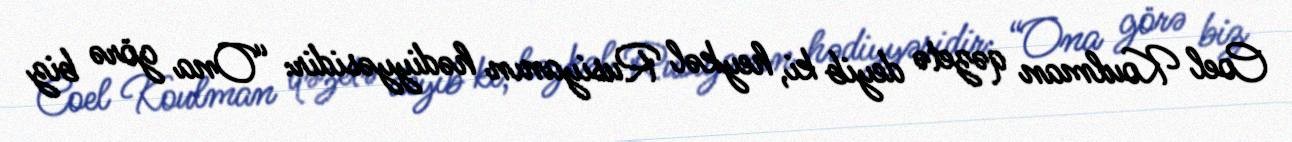
Coel Koulman qəzetə deyib ki, heykəl Rusiyanın hədiyyəsidir: “Ona görə biz